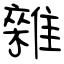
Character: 雜